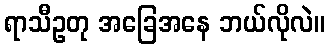
ရာသီဥတု အခြေအနေ ဘယ်လိုလဲ။